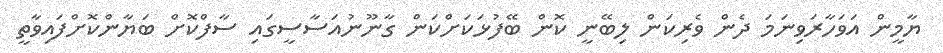
ޔާމީން އަވަހާރަވިނަމަ ދެން ވެރިކަން ލިބޭނީ ކޮން ބޭފުޅަކަށްކަން ގާނޫނުއަސާސީގައި ސާފްކޮށް ބަޔާންކޮށްފައިވާތީ